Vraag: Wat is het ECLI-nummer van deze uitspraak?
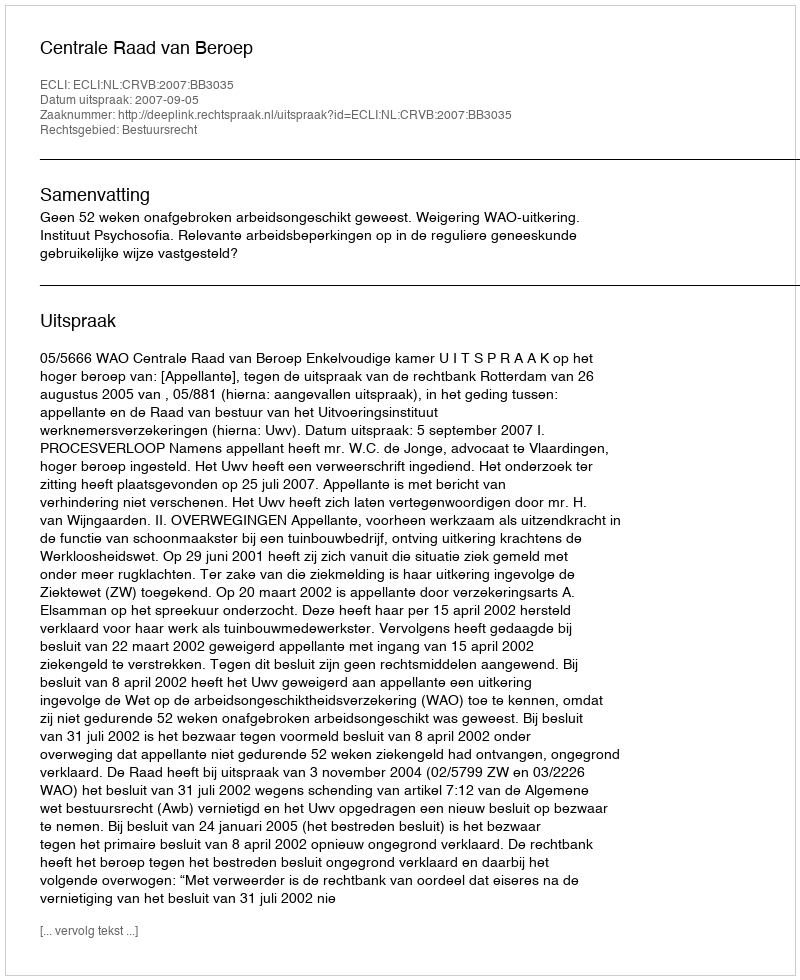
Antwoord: ECLI:NL:CRVB:2007:BB3035